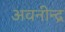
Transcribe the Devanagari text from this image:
अवनीन्द्र